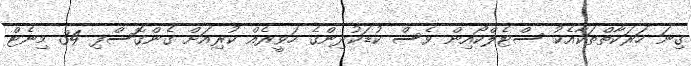
ގިނަ ހަރަކާތްތަކާއެކު ސްޓެލްކޯއިން ވެސް ކުޑަކުދިންގެ ހަވީރެއް ކުރިއަށް ގެންގޮސްފި 34 މިނެޓް